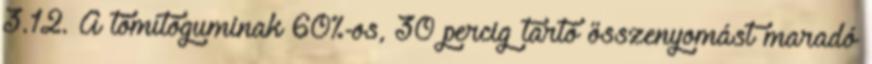
3.12. A tömítõguminak 60%-os, 30 percig tartó összenyomást maradó